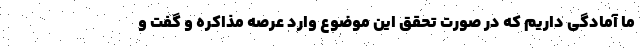
ما آمادگی داریم که در صورت تحقق این موضوع وارد عرصه مذاکره و گفت و